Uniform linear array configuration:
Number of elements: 64
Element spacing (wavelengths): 1
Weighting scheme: binomial
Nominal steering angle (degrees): -15
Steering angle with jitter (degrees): -16.926
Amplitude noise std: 0.05
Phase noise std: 0.05

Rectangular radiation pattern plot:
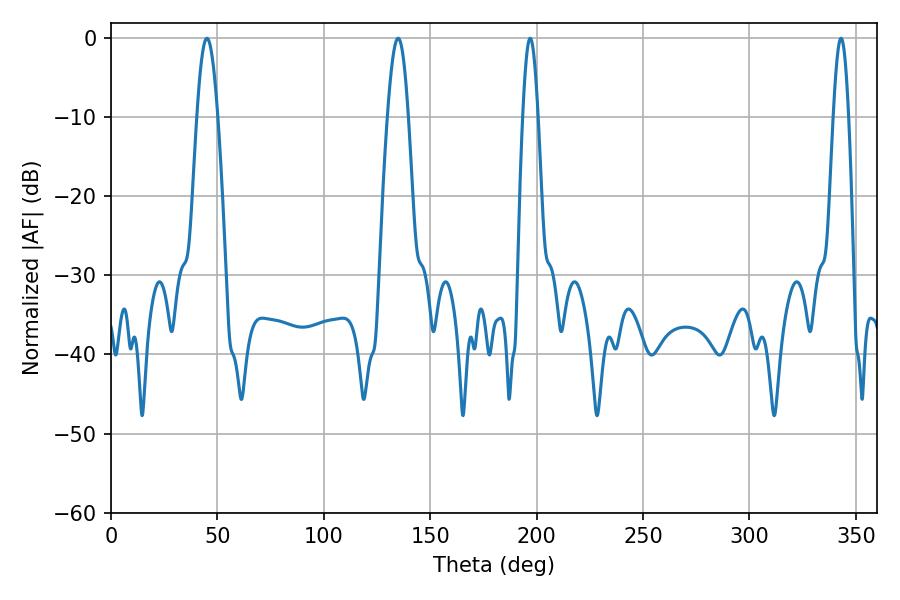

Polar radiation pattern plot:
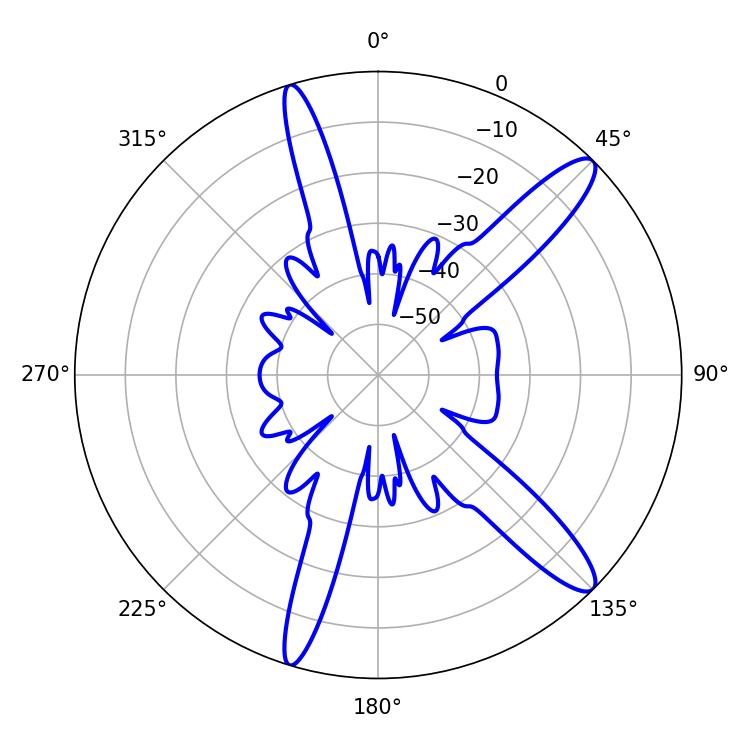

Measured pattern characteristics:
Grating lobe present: TRUE
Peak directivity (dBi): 13.02
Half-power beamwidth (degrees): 3.78
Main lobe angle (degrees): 196.92